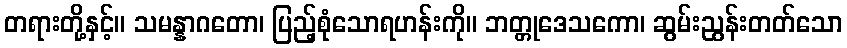
တရားတို့နှင့်။ သမန္နာဂတော၊ ပြည့်စုံသောရဟန်းကို။ ဘတ္တုဒေသကော၊ ဆွမ်းညွန်းတတ်သော